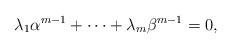
LaTeX: \begin{align*} \lambda_1\alpha^{m-1}+\cdots +\lambda_m\beta^{m-1}=0, \end{align*}